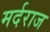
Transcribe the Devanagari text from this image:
मर्दराज